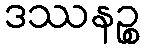
ဒဿနဉ္စ